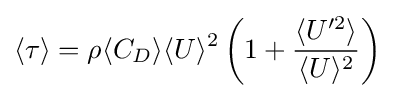
\langle \tau \rangle =\rho \langle C_{D}\rangle \langle U\rangle ^{2}\left(1+{\frac {\langle U'^{2}\rangle }{\langle U\rangle ^{2}}}\right)